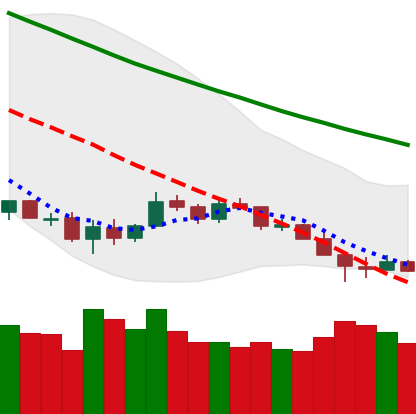
Ticker: LTC-USD
Chart end date: 2018-12-10
Forward return: -3.393%
Label: down_3_5